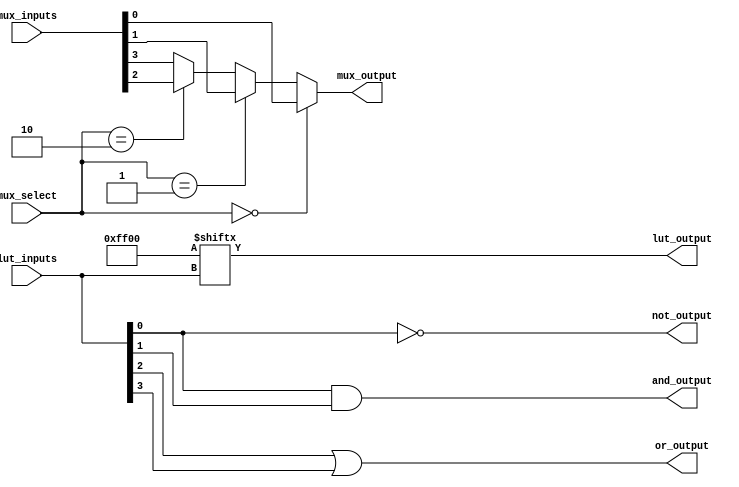
module CLB (
    input wire [3:0] lut_inputs,  // 4 inputs for the LUT
    input wire [1:0] mux_select,   // 2-bit select for MUX
    input wire [3:0] mux_inputs,    // Inputs for the MUX
    output wire lut_output,         // Output from the LUT
    output wire mux_output,         // Output from the MUX
    output wire and_output,         // AND gate output
    output wire or_output,          // OR gate output
    output wire not_output          // NOT gate output
);

// LUT implementation (4-input LUT)
reg [15:0] lut_memory; // 16 possible combinations for 4 inputs

// Initialize LUT memory with a truth table (example: a 4-input AND function)
initial begin
    lut_memory = 16'b0000000000000000; // Default to 0
    lut_memory[15] = 1; // Example: 1111 -> 1
    lut_memory[14] = 1; // Example: 1110 -> 1
    lut_memory[13] = 1; // Example: 1101 -> 1
    lut_memory[12] = 1; // Example: 1100 -> 1
    lut_memory[11] = 1; // Example: 1011 -> 1
    lut_memory[10] = 1; // Example: 1010 -> 1
    lut_memory[9]  = 1; // Example: 1001 -> 1
    lut_memory[8]  = 1; // Example: 1000 -> 1
end

assign lut_output = lut_memory[lut_inputs]; // Output from the LUT

// MUX implementation
assign mux_output = (mux_select == 2'b00) ? mux_inputs[0] :
                    (mux_select == 2'b01) ? mux_inputs[1] :
                    (mux_select == 2'b10) ? mux_inputs[2] :
                    mux_inputs[3]; // Default case

// Basic logic gates
assign and_output = lut_inputs[0] & lut_inputs[1]; // AND gate
assign or_output  = lut_inputs[2] | lut_inputs[3]; // OR gate
assign not_output = ~lut_inputs[0];                  // NOT gate

endmodule